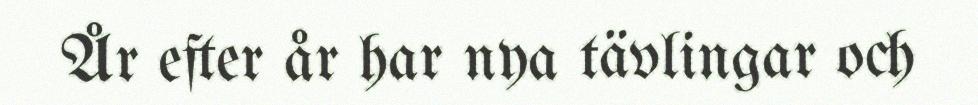
År efter år har nya tävlingar och